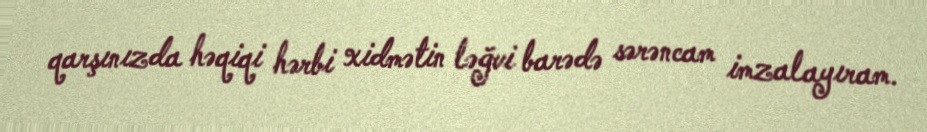
qarşınızda həqiqi hərbi xidmətin ləğvi barədə sərəncam imzalayıram.